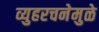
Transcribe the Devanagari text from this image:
व्युहरचनेमुळे